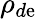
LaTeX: \rho_{d\mathrm{e}}